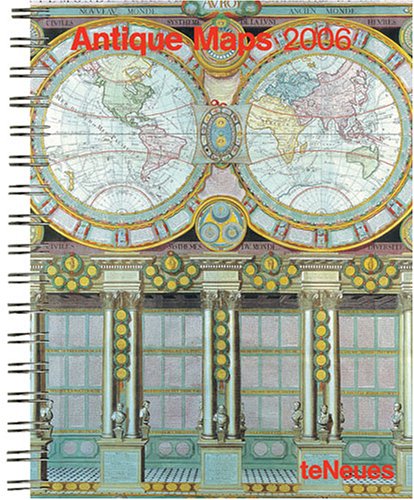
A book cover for Antique Maps 2006 Engagement Calendar; Calendars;